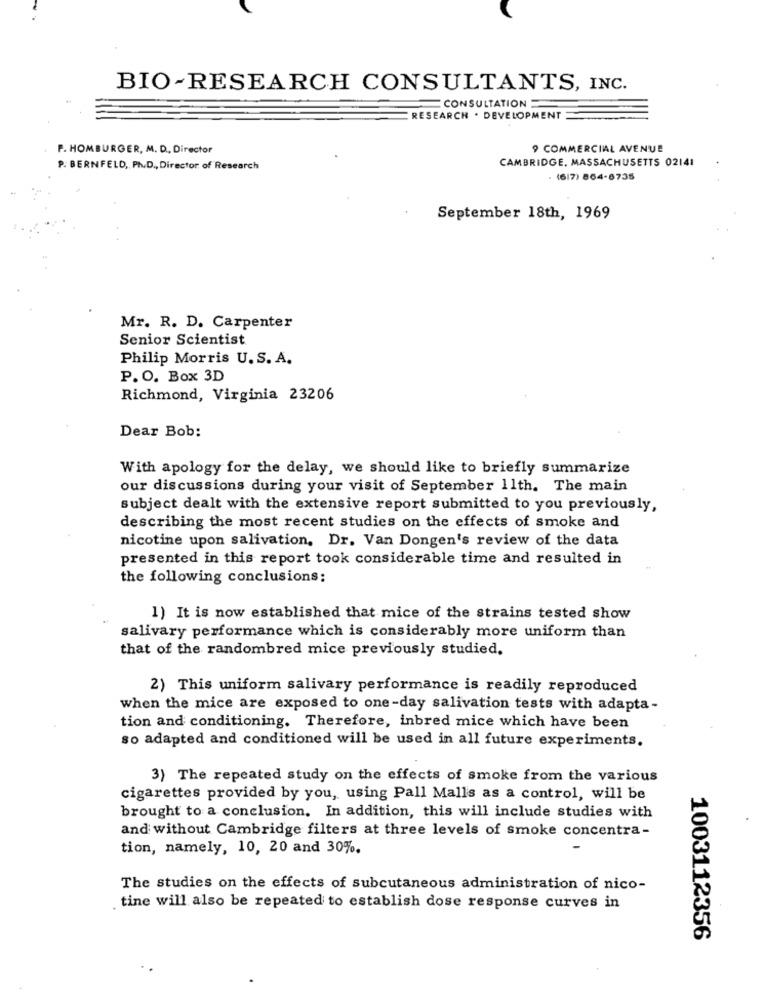
BIO-RESEARCH CONSULTANTS, INC.
CONSULTATION
RESEARCH . DEVELOPMENT
F. HOMBURGER, M. D ., Director
9 COMMERCIAL AVENUE
CAMBRIDGE, MASSACHUSETTS 02141
P. BERNFELD, Ph.D ., Director of Research
. (6/7) 864-6735
September 18th, 1969
Mr. R. D. Carpenter
Senior Scientist
Philip Morris U. S. A.
P. O. Box 3D
Richmond, Virginia 23206
Dear Bob:
With apology for the delay, we should like to briefly summarize
our discussions during your visit of September 11th. The main
subject dealt with the extensive report submitted to you previously,
describing the most recent studies on the effects of smoke and
nicotine upon salivation. Dr. Van Dongen's review of the data
presented in this report took considerable time and resulted in
the following conclusions:
1) It is now established that mice of the strains tested show
salivary performance which is considerably more uniform than
that of the randombred mice previously studied.
2) This uniform salivary performance is readily reproduced
when the mice are exposed to one-day salivation tests with adapta-
tion and conditioning. Therefore, inbred mice which have been
so adapted and conditioned will be used in all future experiments.
3) The repeated study on the effects of smoke from the various
cigarettes provided by you, using Pall Malls as a control, will be
brought to a conclusion. In addition, this will include studies with
and without Cambridge filters at three levels of smoke concentra-
tion, namely, 10, 20 and 30%.
The studies on the effects of subcutaneous administration of nico-
tine will also be repeated to establish dose response curves in
1003112356